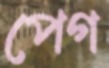
পেগ